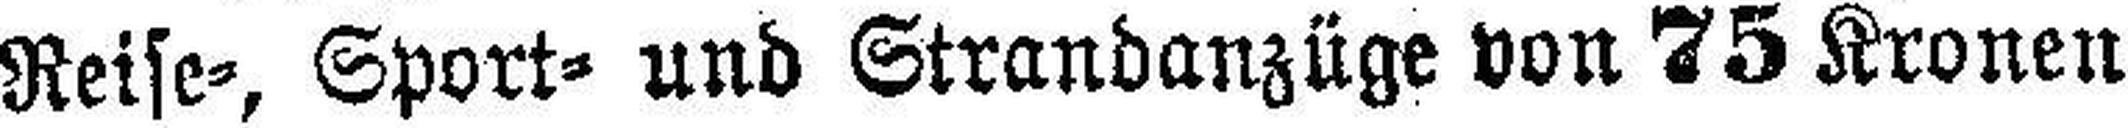
Reise, Sport- und Strandanzüge von 75 Kronen